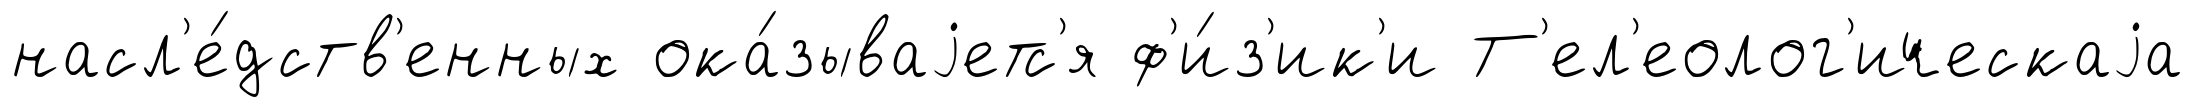
насл'е́дств'енных ока́зываjетс'я ф'и́з'ик'и Т'ел'еолог'ическаjа